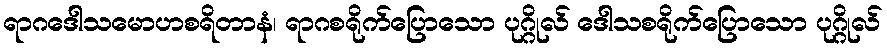
ရာဂဒေါသမောဟစရိတာနံ၊ ရာဂစရိုက်ပြောသော ပုဂ္ဂိုလ် ဒေါသစရိုက်ပြောသော ပုဂ္ဂိုလ်